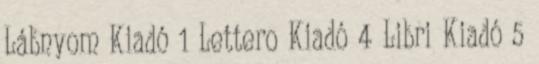
Lábnyom Kiadó 1 Lettero Kiadó 4 Libri Kiadó 5